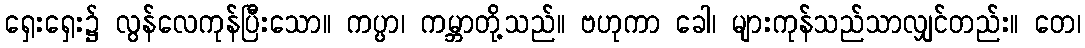
ရှေးရှေး၌ လွန်လေကုန်ပြီးသော။ ကပ္ပာ၊ ကမ္ဘာတို့သည်။ ဗဟုကာ ခေါ၊ များကုန်သည်သာလျှင်တည်း။ တေ၊